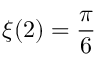
\xi ( 2 ) = { \frac { \pi } { 6 } }